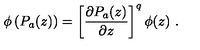
\phi \left( P _ { a } ( z ) \right) = \left[ \frac { \partial P _ { a } ( z ) } { \partial z } \right] ^ { q } \phi ( z ) \ .